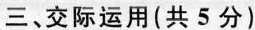
三、交际运用(共 5 分)